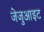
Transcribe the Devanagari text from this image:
जेजुआइट